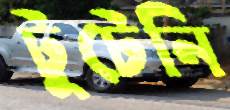
টুটেনি